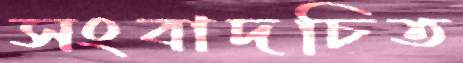
সংবাদচিত